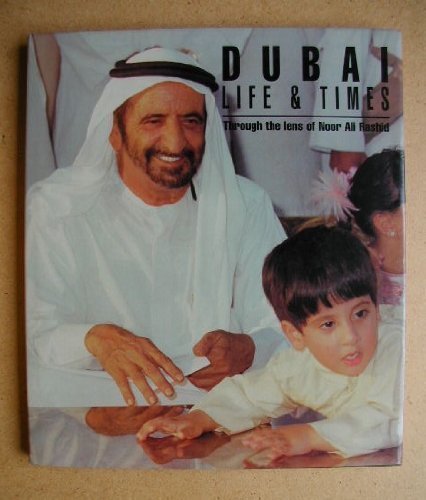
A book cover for Dubai: Life and Times (Royal Collection); Noor Ali Rashid; History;